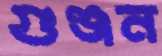
গুঞ্জন